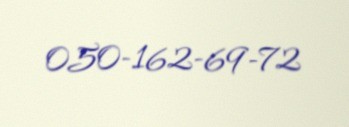
050-162-69-72